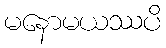
မနောမယဿပိ